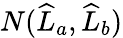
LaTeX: N(\widehat{L}_{a},\widehat{L}_{b})